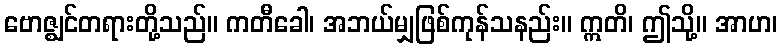
ဗောဇ္ဈင်တရားတို့သည်။ ကတီခေါ၊ အဘယ်မျှဖြစ်ကုန်သနည်း။ ဣတိ၊ ဤသို့။ အာဟ၊